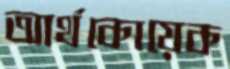
আর্থকোয়েক